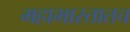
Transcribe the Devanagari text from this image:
महाभारतातच